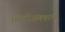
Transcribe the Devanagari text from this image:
मल्टीजंक्शन